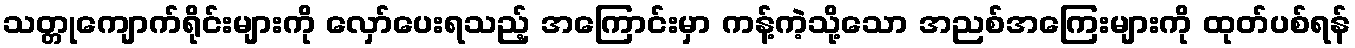
သတ္တုကျောက်ရိုင်းများကို လှော်ပေးရသည့် အကြောင်းမှာ ကန့်ကဲ့သို့သော အညစ်အကြေးများကို ထုတ်ပစ်ရန်